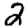
Digit: 2